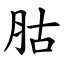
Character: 𦙶